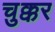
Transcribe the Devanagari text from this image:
चुक्कर